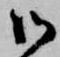
御